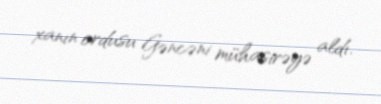
xanın ordusu Gəncəni mühasirəyə aldı.